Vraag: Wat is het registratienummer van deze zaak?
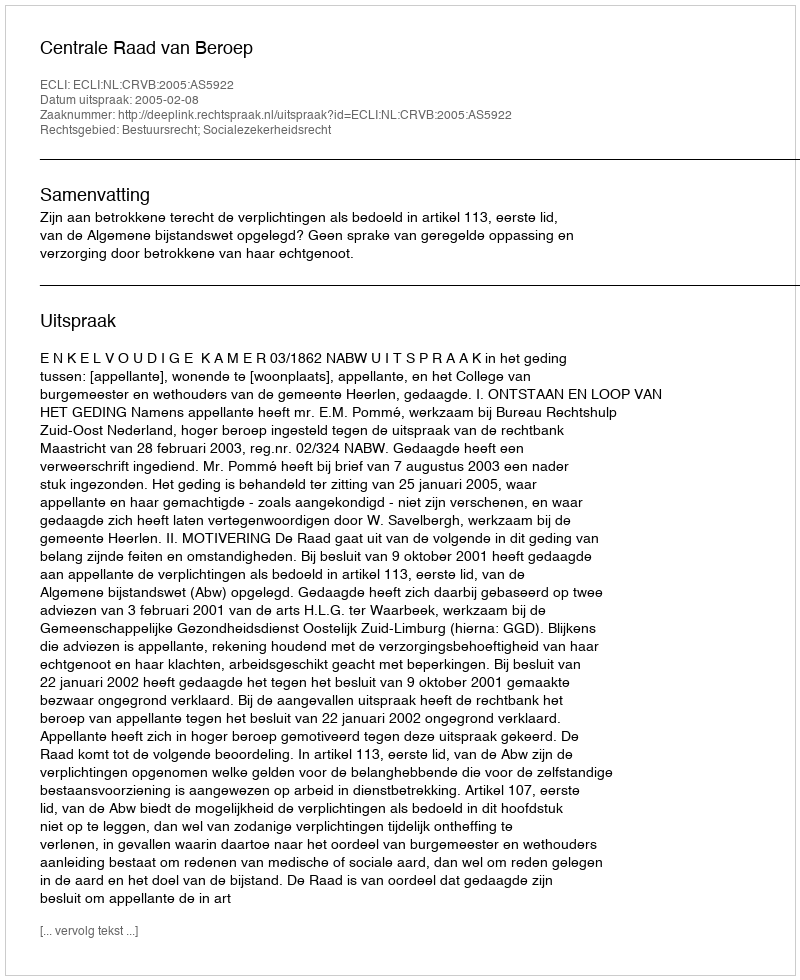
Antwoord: http://deeplink.rechtspraak.nl/uitspraak?id=ECLI:NL:CRVB:2005:AS5922